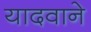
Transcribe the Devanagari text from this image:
यादवाने